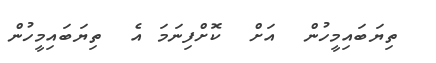
ތިޔަބައިމީހުން  އަށް  ކޮށްފިނަމަ އެ  ތިޔަބައިމީހުން